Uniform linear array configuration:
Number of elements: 16
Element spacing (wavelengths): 0.5
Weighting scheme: binomial
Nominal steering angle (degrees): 15
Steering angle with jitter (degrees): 14.95
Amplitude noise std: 0.05
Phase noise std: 0.05

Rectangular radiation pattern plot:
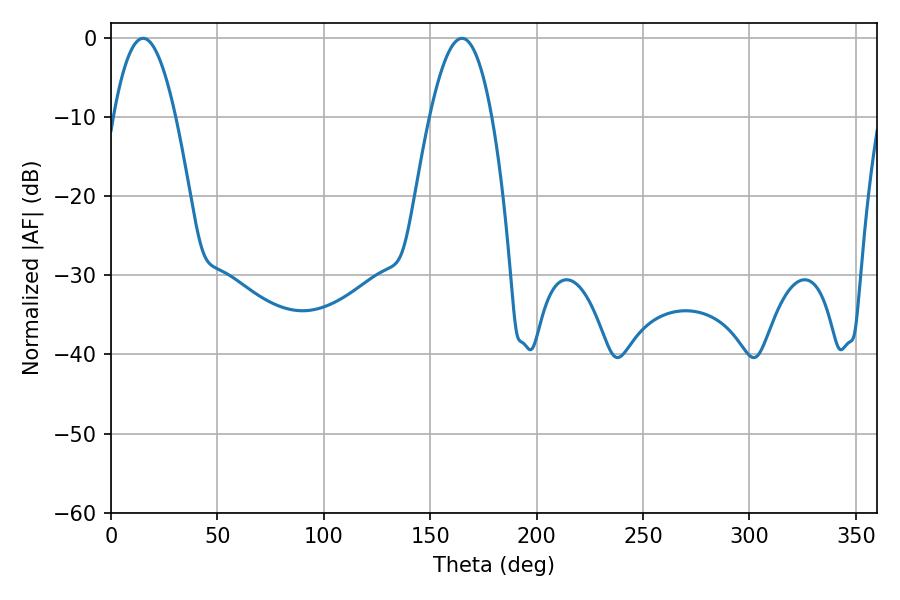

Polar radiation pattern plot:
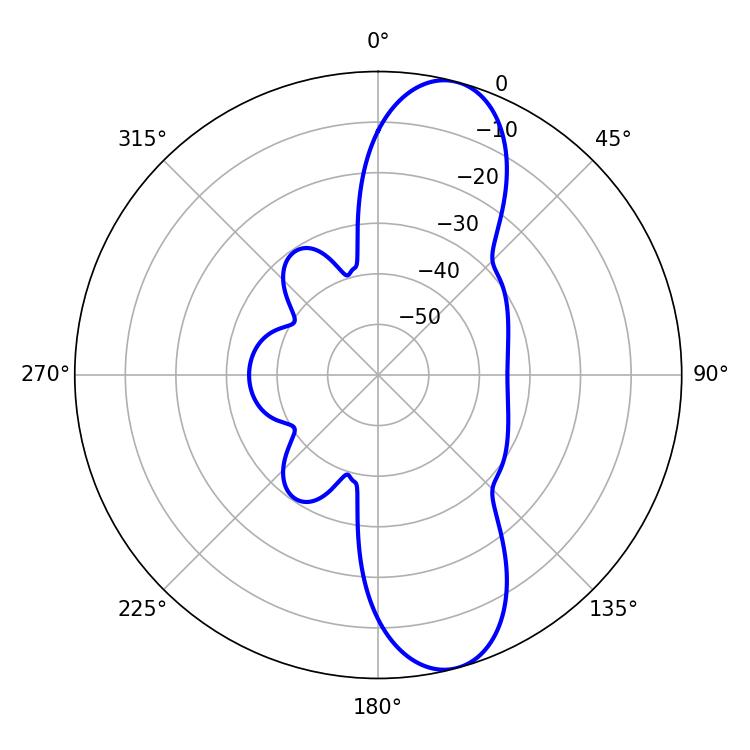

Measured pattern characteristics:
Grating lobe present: FALSE
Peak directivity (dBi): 10.976
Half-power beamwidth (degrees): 15.84
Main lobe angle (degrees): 15.12